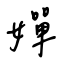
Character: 嬋